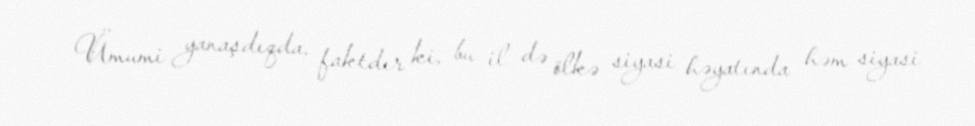
Ümumi yanaşdıqda, faktdır ki, bu il də ölkə siyasi həyatında həm siyasi